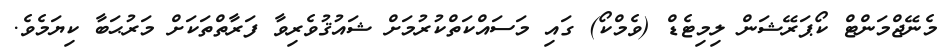
މެނޭޖްމަންޓް ކޯޕަރޭޝަން ލިމިޓެޑް (ވެމްކޯ) ގައި މަސައްކަތްކުރުމަށް ޝައުޤުވެރިވާ ފަރާތްތަކަށް މަރުޙަބާ ކިޔަމެވެ.